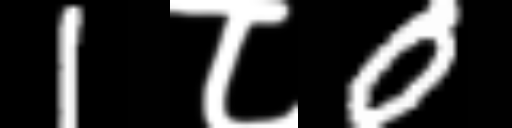
Text: 1८0